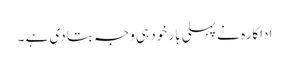
اداکارہ نے پہلی بار خود ہی وجہ بتا دی ہے ۔